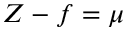
Z - f = \mu